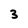
Character: 3